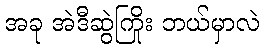
အခု အဲဒီဆွဲကြိုး ဘယ်မှာလဲ